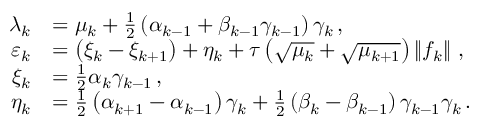
\begin{array} { r l } { { \lambda } _ { k } } & { = { \mu } _ { k } + \frac { 1 } { 2 } \left( { \alpha } _ { k - 1 } + { \beta } _ { k - 1 } { \gamma } _ { k - 1 } \right) { \gamma } _ { k } \, , } \\ { { \varepsilon } _ { k } } & { = \left( { \xi } _ { k } - { \xi } _ { k + 1 } \right) + { \eta } _ { k } + { \tau } \left( \sqrt { { \mu } _ { k } } + \sqrt { { \mu } _ { k + 1 } } \right) \left\| { f } _ { k } \right\| \, , } \\ { { \xi } _ { k } } & { = \frac { 1 } { 2 } { \alpha } _ { k } { \gamma } _ { k - 1 } \, , } \\ { { \eta } _ { k } } & { = \frac { 1 } { 2 } \left( { \alpha } _ { k + 1 } - { \alpha } _ { k - 1 } \right) { \gamma } _ { k } + \frac { 1 } { 2 } \left( { \beta } _ { k } - { \beta } _ { k - 1 } \right) { \gamma } _ { k - 1 } { \gamma } _ { k } \, . } \end{array}